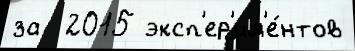
за  2015 эксп'ер'им'е́нтов